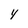
Character: Y